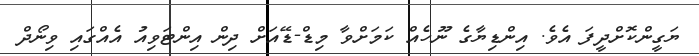
ޔަގީންކޮށްދީފަ އެވެ. އިންޑިޔާގެ ނޫހެއް ކަމަށްވާ މިޑް-ޑޭއަށް ދިން އިންޓަވިއު އެއްގައި ވިނޯދް